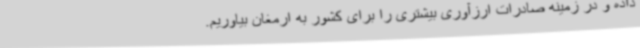
داده و در زمینه صادرات ارزآوری بیشتری را برای کشور به ارمغان بیاوریم.